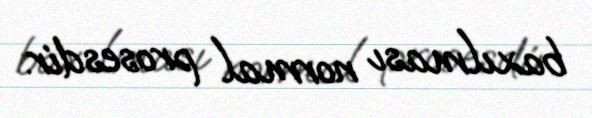
baxılması normal prosesdir.